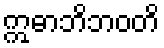
ဣဓာဘိဘဝတိ